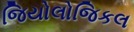
જિયોલોજિકલ